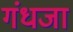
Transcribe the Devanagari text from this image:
गंधजा